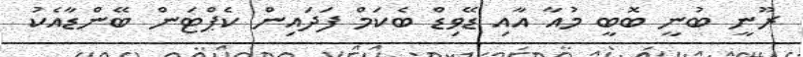
ރޫނީ ބުނީ ބޮބީ މުއާ އާއި ޑޭވިޑް ބެކަމް ފަދައިން ކެޕްޓަން ބޭންޑާއެކު